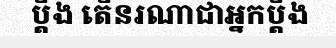
ប្តឹង តើនរណាជាអ្នកប្តឹង